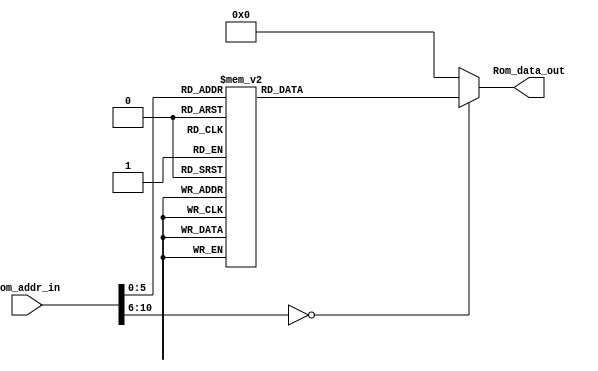
module Program_Rom(Rom_data_out, Rom_addr_in);

//---------
    output [13:0] Rom_data_out;
    input [10:0] Rom_addr_in; 
//---------
    
    reg   [13:0] data;
    wire  [13:0] Rom_data_out;
    
    always @(Rom_addr_in)
        begin
            case (Rom_addr_in)
                10'h0 : data = 14'h3006;
                10'h1 : data = 14'h00A4;
                10'h2 : data = 14'h01A5;
                10'h3 : data = 14'h0103;
                10'h4 : data = 14'h008D;
                10'h5 : data = 14'h201A;
                10'h6 : data = 14'h3009;
                10'h7 : data = 14'h00A3;
                10'h8 : data = 14'h3001;
                10'h9 : data = 14'h07A5;
                10'ha : data = 14'h0825;
                10'hb : data = 14'h008D;
                10'hc : data = 14'h201A;
                10'hd : data = 14'h0BA3;
                10'he : data = 14'h33F9;
                10'hf : data = 14'h0B24;
                10'h10 : data = 14'h2014;
                10'h11 : data = 14'h0BA4;
                10'h12 : data = 14'h33F3;
                10'h13 : data = 14'h33EC;
                10'h14 : data = 14'h3007;
                10'h15 : data = 14'h07A5;
                10'h16 : data = 14'h0825;
                10'h17 : data = 14'h008D;
                10'h18 : data = 14'h201A;
                10'h19 : data = 14'h0008;
                10'h1a : data = 14'h301E;
                10'h1b : data = 14'h00A0;
                10'h1c : data = 14'h01A1;
                10'h1d : data = 14'h01A2;
                10'h1e : data = 14'h0BA2;
                10'h1f : data = 14'h33FE;
                10'h20 : data = 14'h0BA1;
                10'h21 : data = 14'h33FB;
                10'h22 : data = 14'h0BA0;
                10'h23 : data = 14'h33F8;
                10'h24 : data = 14'h0008;
                default: data = 14'h0;   
            endcase
        end

     assign Rom_data_out = data;

endmodule